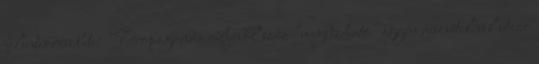
jelentés részlete: "Propaganda céljából száz "megbízható" egyén részvételével utazó